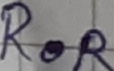
Text: ROR